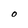
Character: O